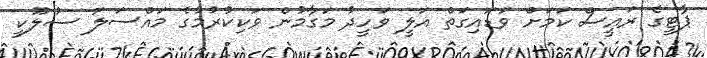
ޕާޓީގެ ރައީސް ކަަމަށް ވަޑައިގަތް އަލީ ވަހީދު މަގާމުން ވަކިކުރުމުގެ މައްސަލަ ސުލޫކީ